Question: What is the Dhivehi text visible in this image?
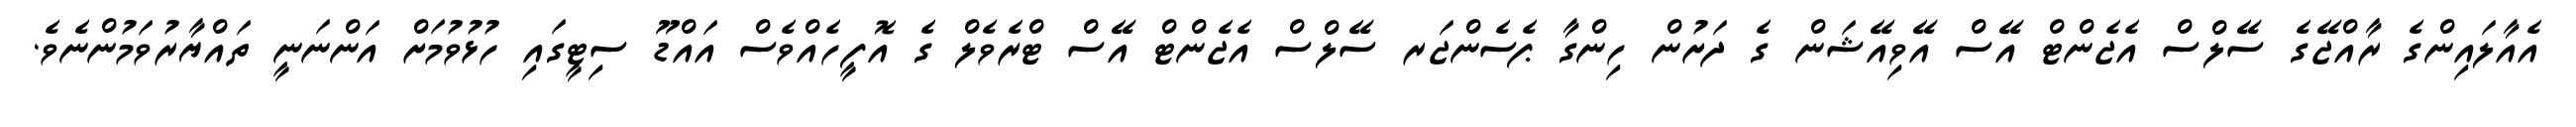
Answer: އެއާލައިންގެ ރާއްޖޭގެ ސޭލްސް އެޖެންޓް އޭސް އޭވިއޭޝަން ގެ ދަށުން ހިންގާ ޕެސެންޖަރ ސޭލްސް އެޖެންޓް އޭސް ޓްރެވެލް ގެ އޮފީހެއްވެސް އައްޑޫ ސިޓީގައި ހުޅުވުމަށް އަންނަނީ ތައްޔާރުވަމުންނެވެ.